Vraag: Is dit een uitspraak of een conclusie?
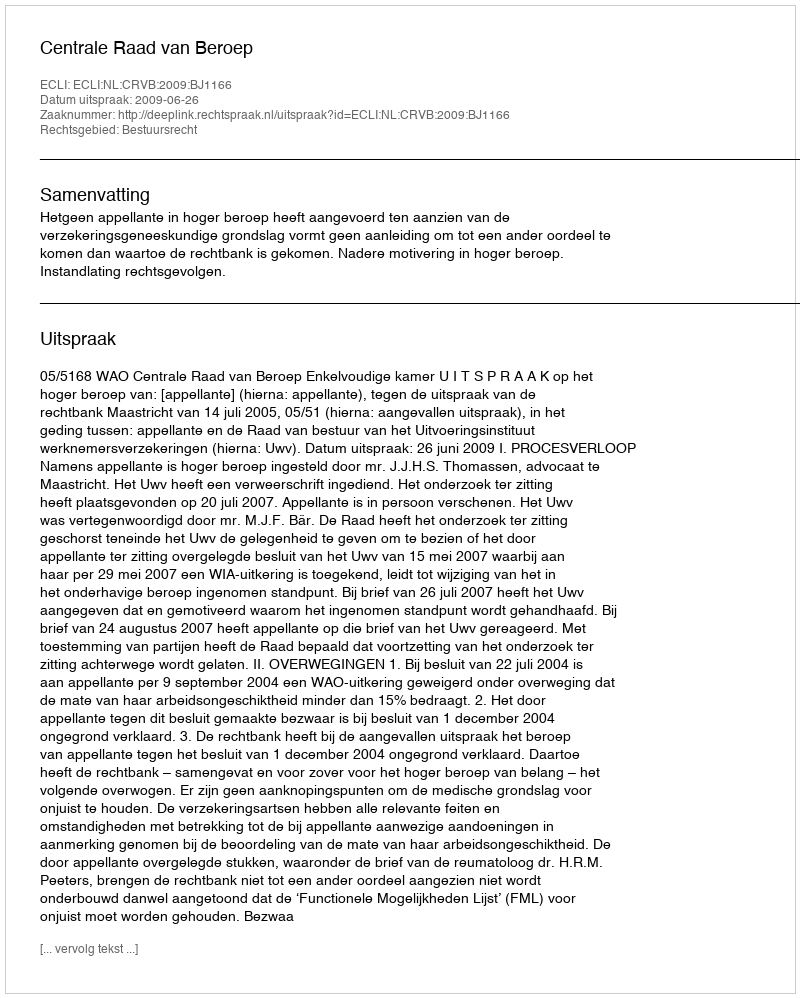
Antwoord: Uitspraak